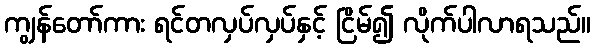
ကျွန်တော်ကား ရင်တလှပ်လှပ်နှင့် ငြိမ်၍ လိုက်ပါလာရသည်။